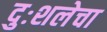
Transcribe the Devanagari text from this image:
दुःशलेचा